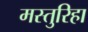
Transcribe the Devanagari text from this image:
मस्तुरिहा